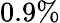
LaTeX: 0.9\%